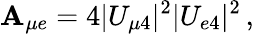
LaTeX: \mathbf{A}_{{\mu}e}=4|U_{\mu4}|^{2}|U_{e4}|^{2}\, ,